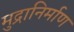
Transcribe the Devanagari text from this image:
मुद्रानिर्माण